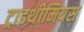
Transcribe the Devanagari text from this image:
ट्राइथीमियस